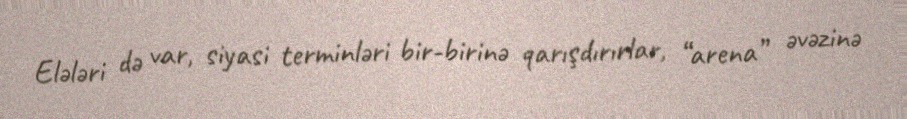
Elələri də var, siyasi terminləri bir-birinə qarışdırırlar, “arena” əvəzinə